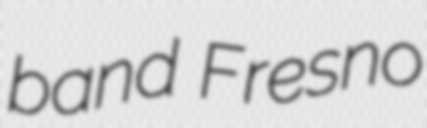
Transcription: band Fresno